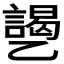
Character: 𱎐